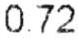
0.72